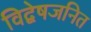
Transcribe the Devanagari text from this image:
विद्वेषजनित